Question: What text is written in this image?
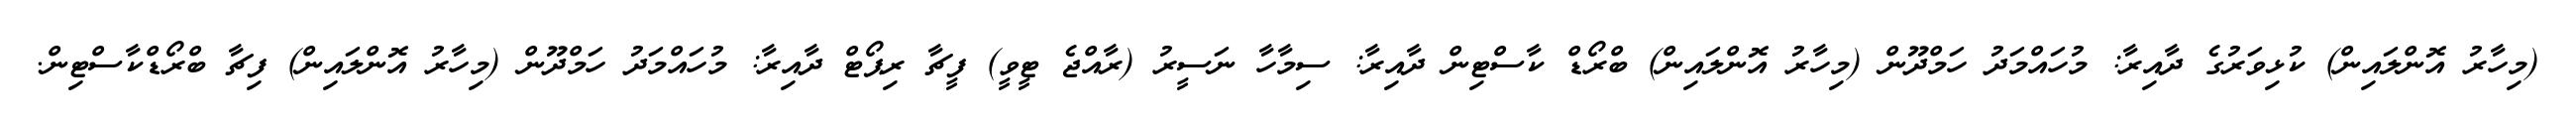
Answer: (މިހާރު އޮންލައިން) ކުޅިވަރުގެ ދާއިރާ: މުހައްމަދު ހަމްދޫން (މިހާރު އޮންލައިން) ބްރޯޑް ކާސްޓިން ދާއިރާ: ސިމާހާ ނަސީރު (ރާއްޖެ ޓީވީ) ފީޗާ ރިޕޯޓް ދާއިރާ: މުހައްމަދު ހަމްދޫން (މިހާރު އޮންލައިން) ފިޗާ ބްރޯޑްކާސްޓިން.